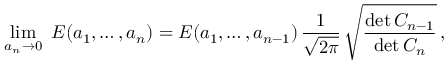
\operatorname* { l i m } _ { a _ { n } \to 0 } \ E ( a _ { 1 } , \dots , a _ { n } ) = E ( a _ { 1 } , \dots , a _ { n - 1 } ) \, { \frac { 1 } { \sqrt { 2 \pi } } } \, \sqrt { \frac { \operatorname* { d e t } C _ { n - 1 } } { \operatorname* { d e t } C _ { n } } } \, ,